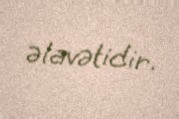
əlavətidir.